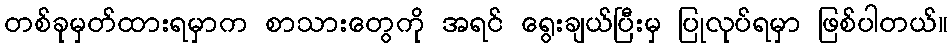
တစ်ခုမှတ်ထားရမှာက စာသားတွေကို အရင် ရွေးချယ်ပြီးမှ ပြုလုပ်ရမှာ ဖြစ်ပါတယ်။